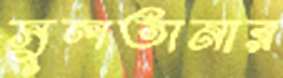
সুলতানার